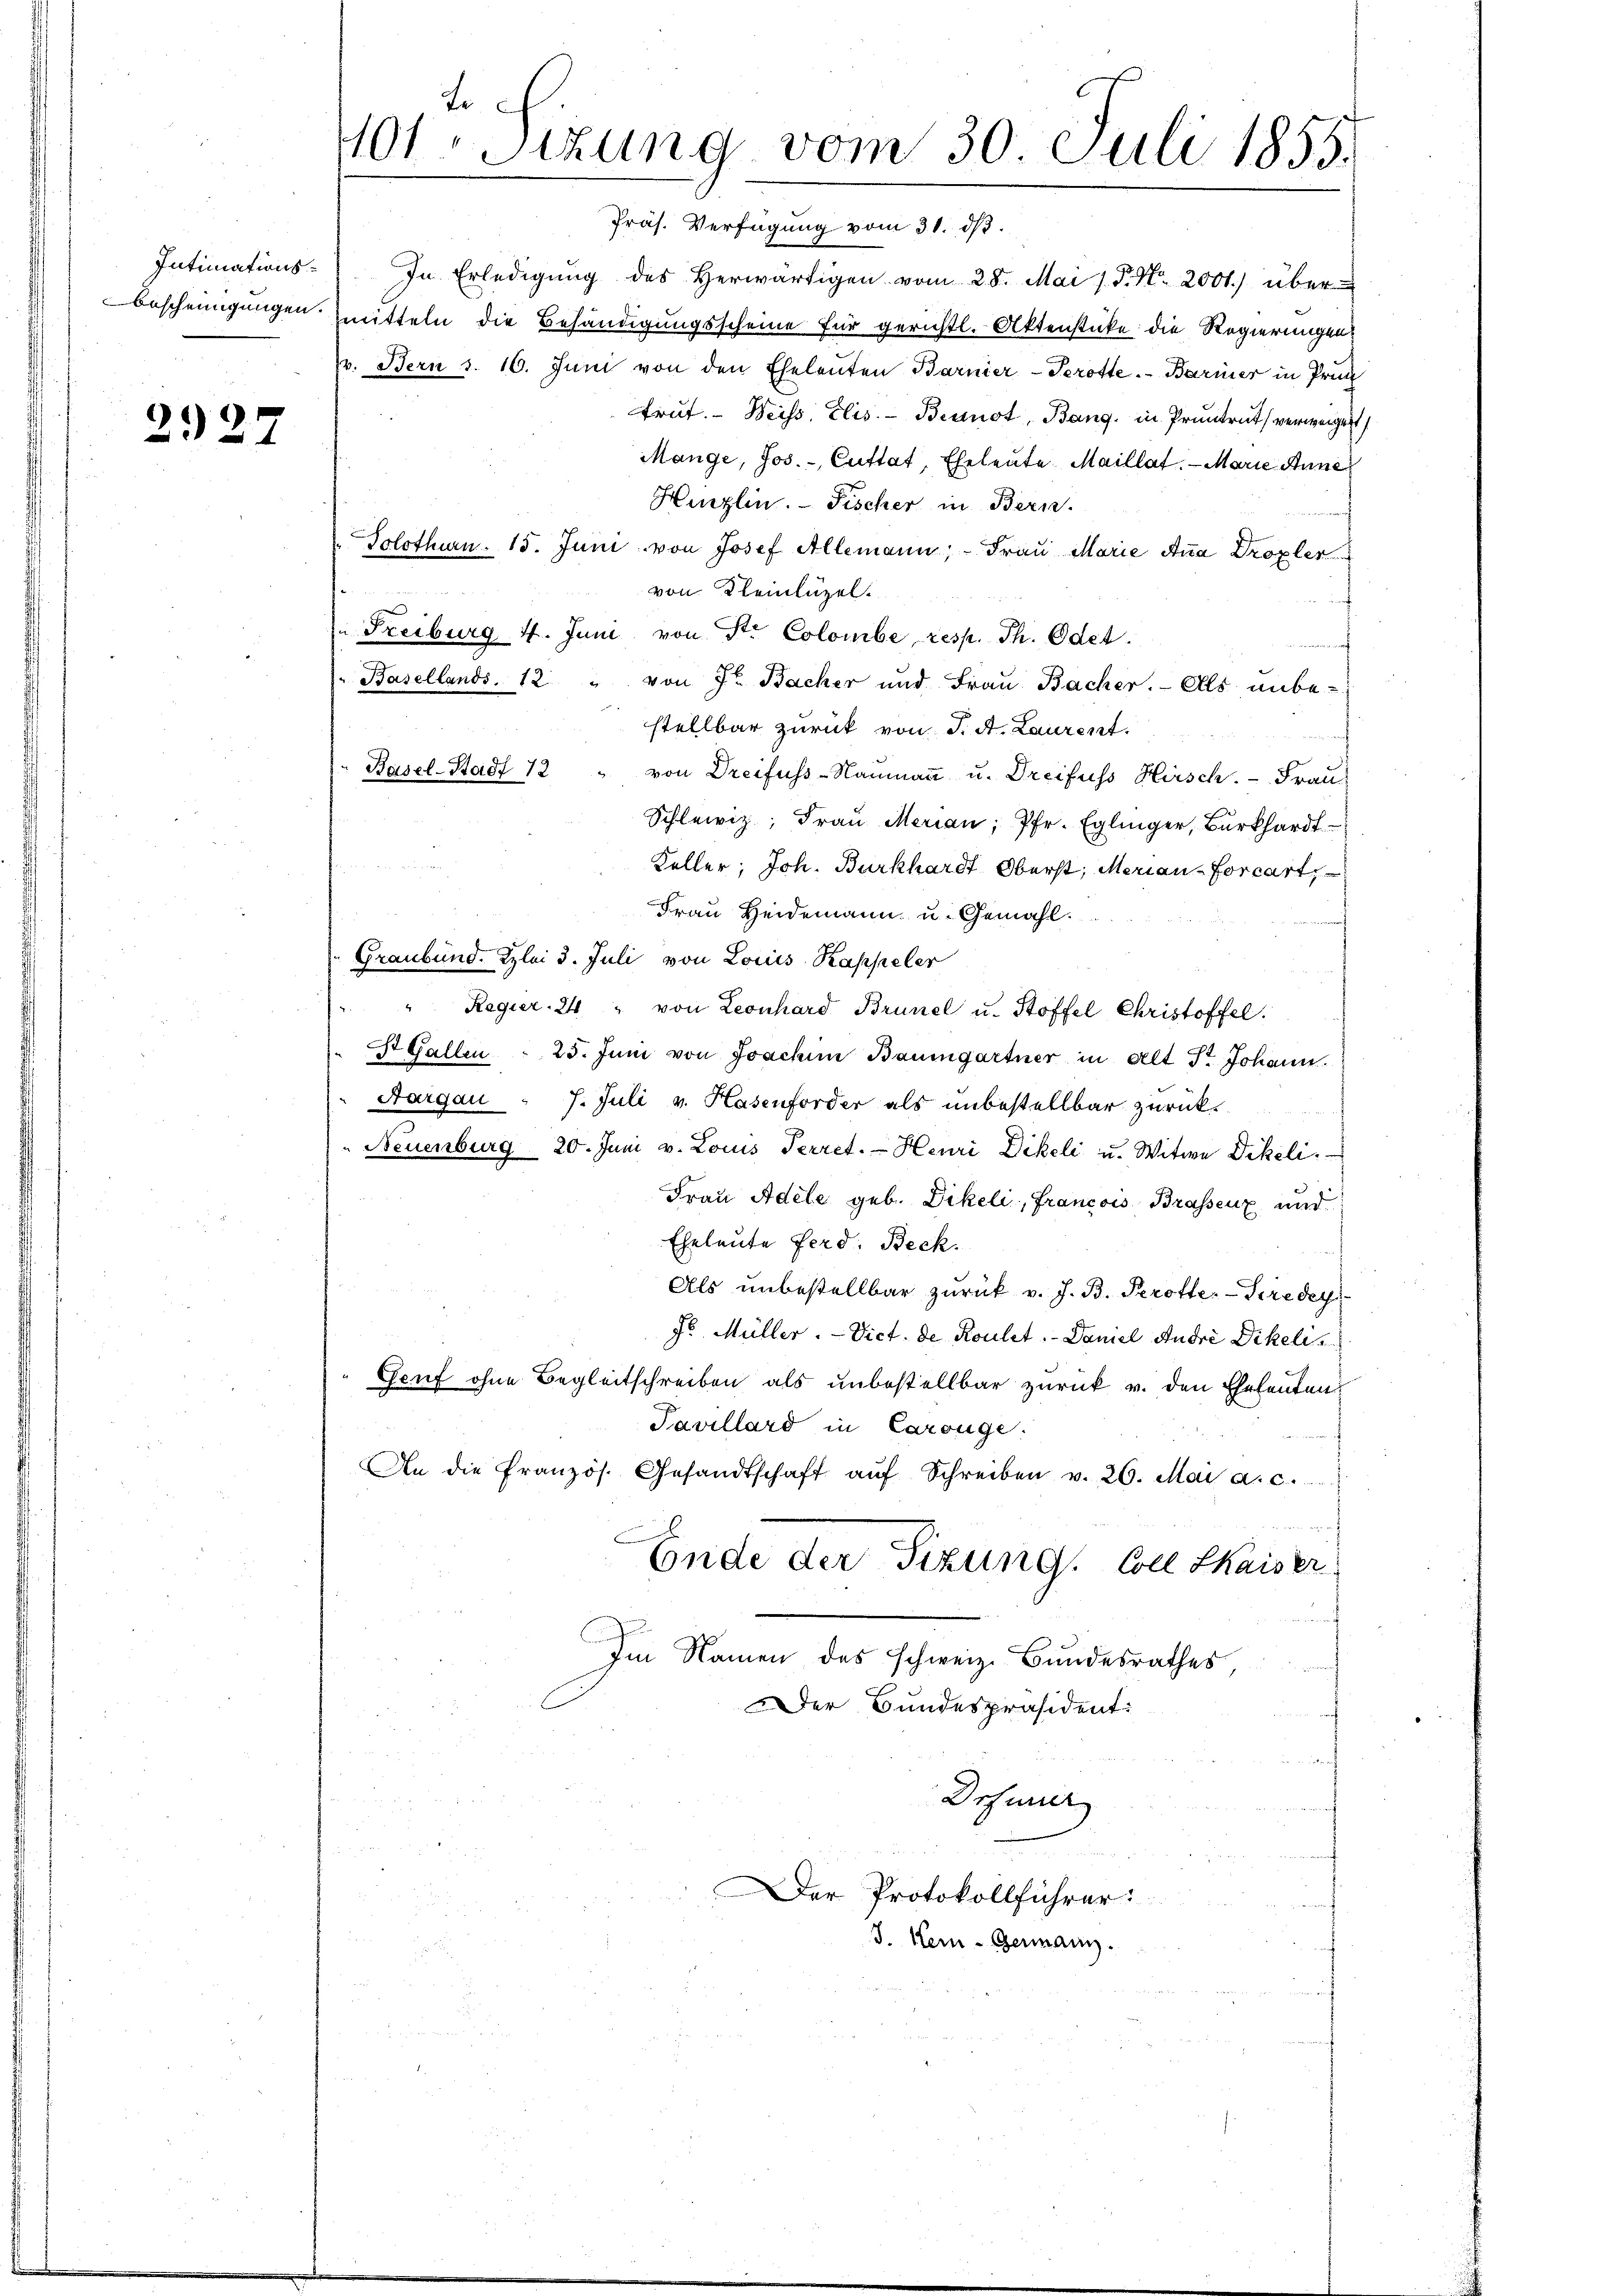
Intimations¬

2927

te
401. Sizung vom 30. Juli 1855.

Präs. Verfügung vom 31. ds.
In Erledigŭng des herwärtigen vom 28. Mai 1 P. Nr. 2001.) über
Bescheinigungen mitteln die Behändigungsscheine für gerichtl. Aktenstücke die Regierungen,
v. Bern s. 16. Juni von den Eheleuten Barnier-Serotte. Barmer in Prüg
trut. Weiss, Elis. - Brunot, Bang, in Pruntrut verweigent
Mange, Jos. - Cuttat, Eheleute Maillat. Marie Anne
Herzlin. Fischer in Bern.
Solothurn. 15. Juni von Josef Allemann; - Frau Marie Ana Droxler
von Kleinlüzel.
¬
Freiburg 4. Juni von Str. Colombe resp. Th. Odet.
a
Basellands, 12 " von 7te Bacher und Frau Bacher. Als unbe-
stellbar zurück von J. A. Laurent.
Basel-Stadt 12 " von Dreifuss-Naumann u. Dreifuss Hirsch. - Frau
Schlewiz; Frau Merian, Pfr. Eglinger, Burkhardt
Keller, Joh. Burkhardt Oberst, Merian-Forcart
Frau Heidemann u. Gemahl
Graubünd. Zzlei 3. Juli von Louis Kappeler
" Regier 24 " von Leonhard Brunel u. Stoffel Christoffel.
St. Gallen . 25. Juni von Joachim Baumgartner in Alt Fr. Johann.
Aargau " 7. Juli v. Hasenforder als unbestellbar zurück.
t
Neuenburg 20. Juni v. Louis Perret. Heuri Dikeli u. Witwe Dikeli
Frau Adele geb. Dikeli, Francois Brassenz und
Eheleute Ferd: Beck.
Als unbestellbar zurück v. J. B. Perotte. Seredey
Fo Müller. - Vict. de Roulet. Daniel Andre Dikelis
Geuf ohne Begleitschreiben als unbestellbar zurück v. den Eheleuten
Pavillard in Carouge.
An die Französ. Gesandtschaft aŭf Schreiben v. 26. Mai a. c.
d
Ende der Sizung. Coll Skaiser
Im Namen des schweiz. Bundesrathes
Der Bundespräsident:
Drsurer

Der Protokollführer:
J. Kein - Germann.